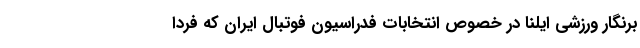
برنگار ورزشی ایلنا در خصوص انتخابات فدراسیون فوتبال ایران که فردا